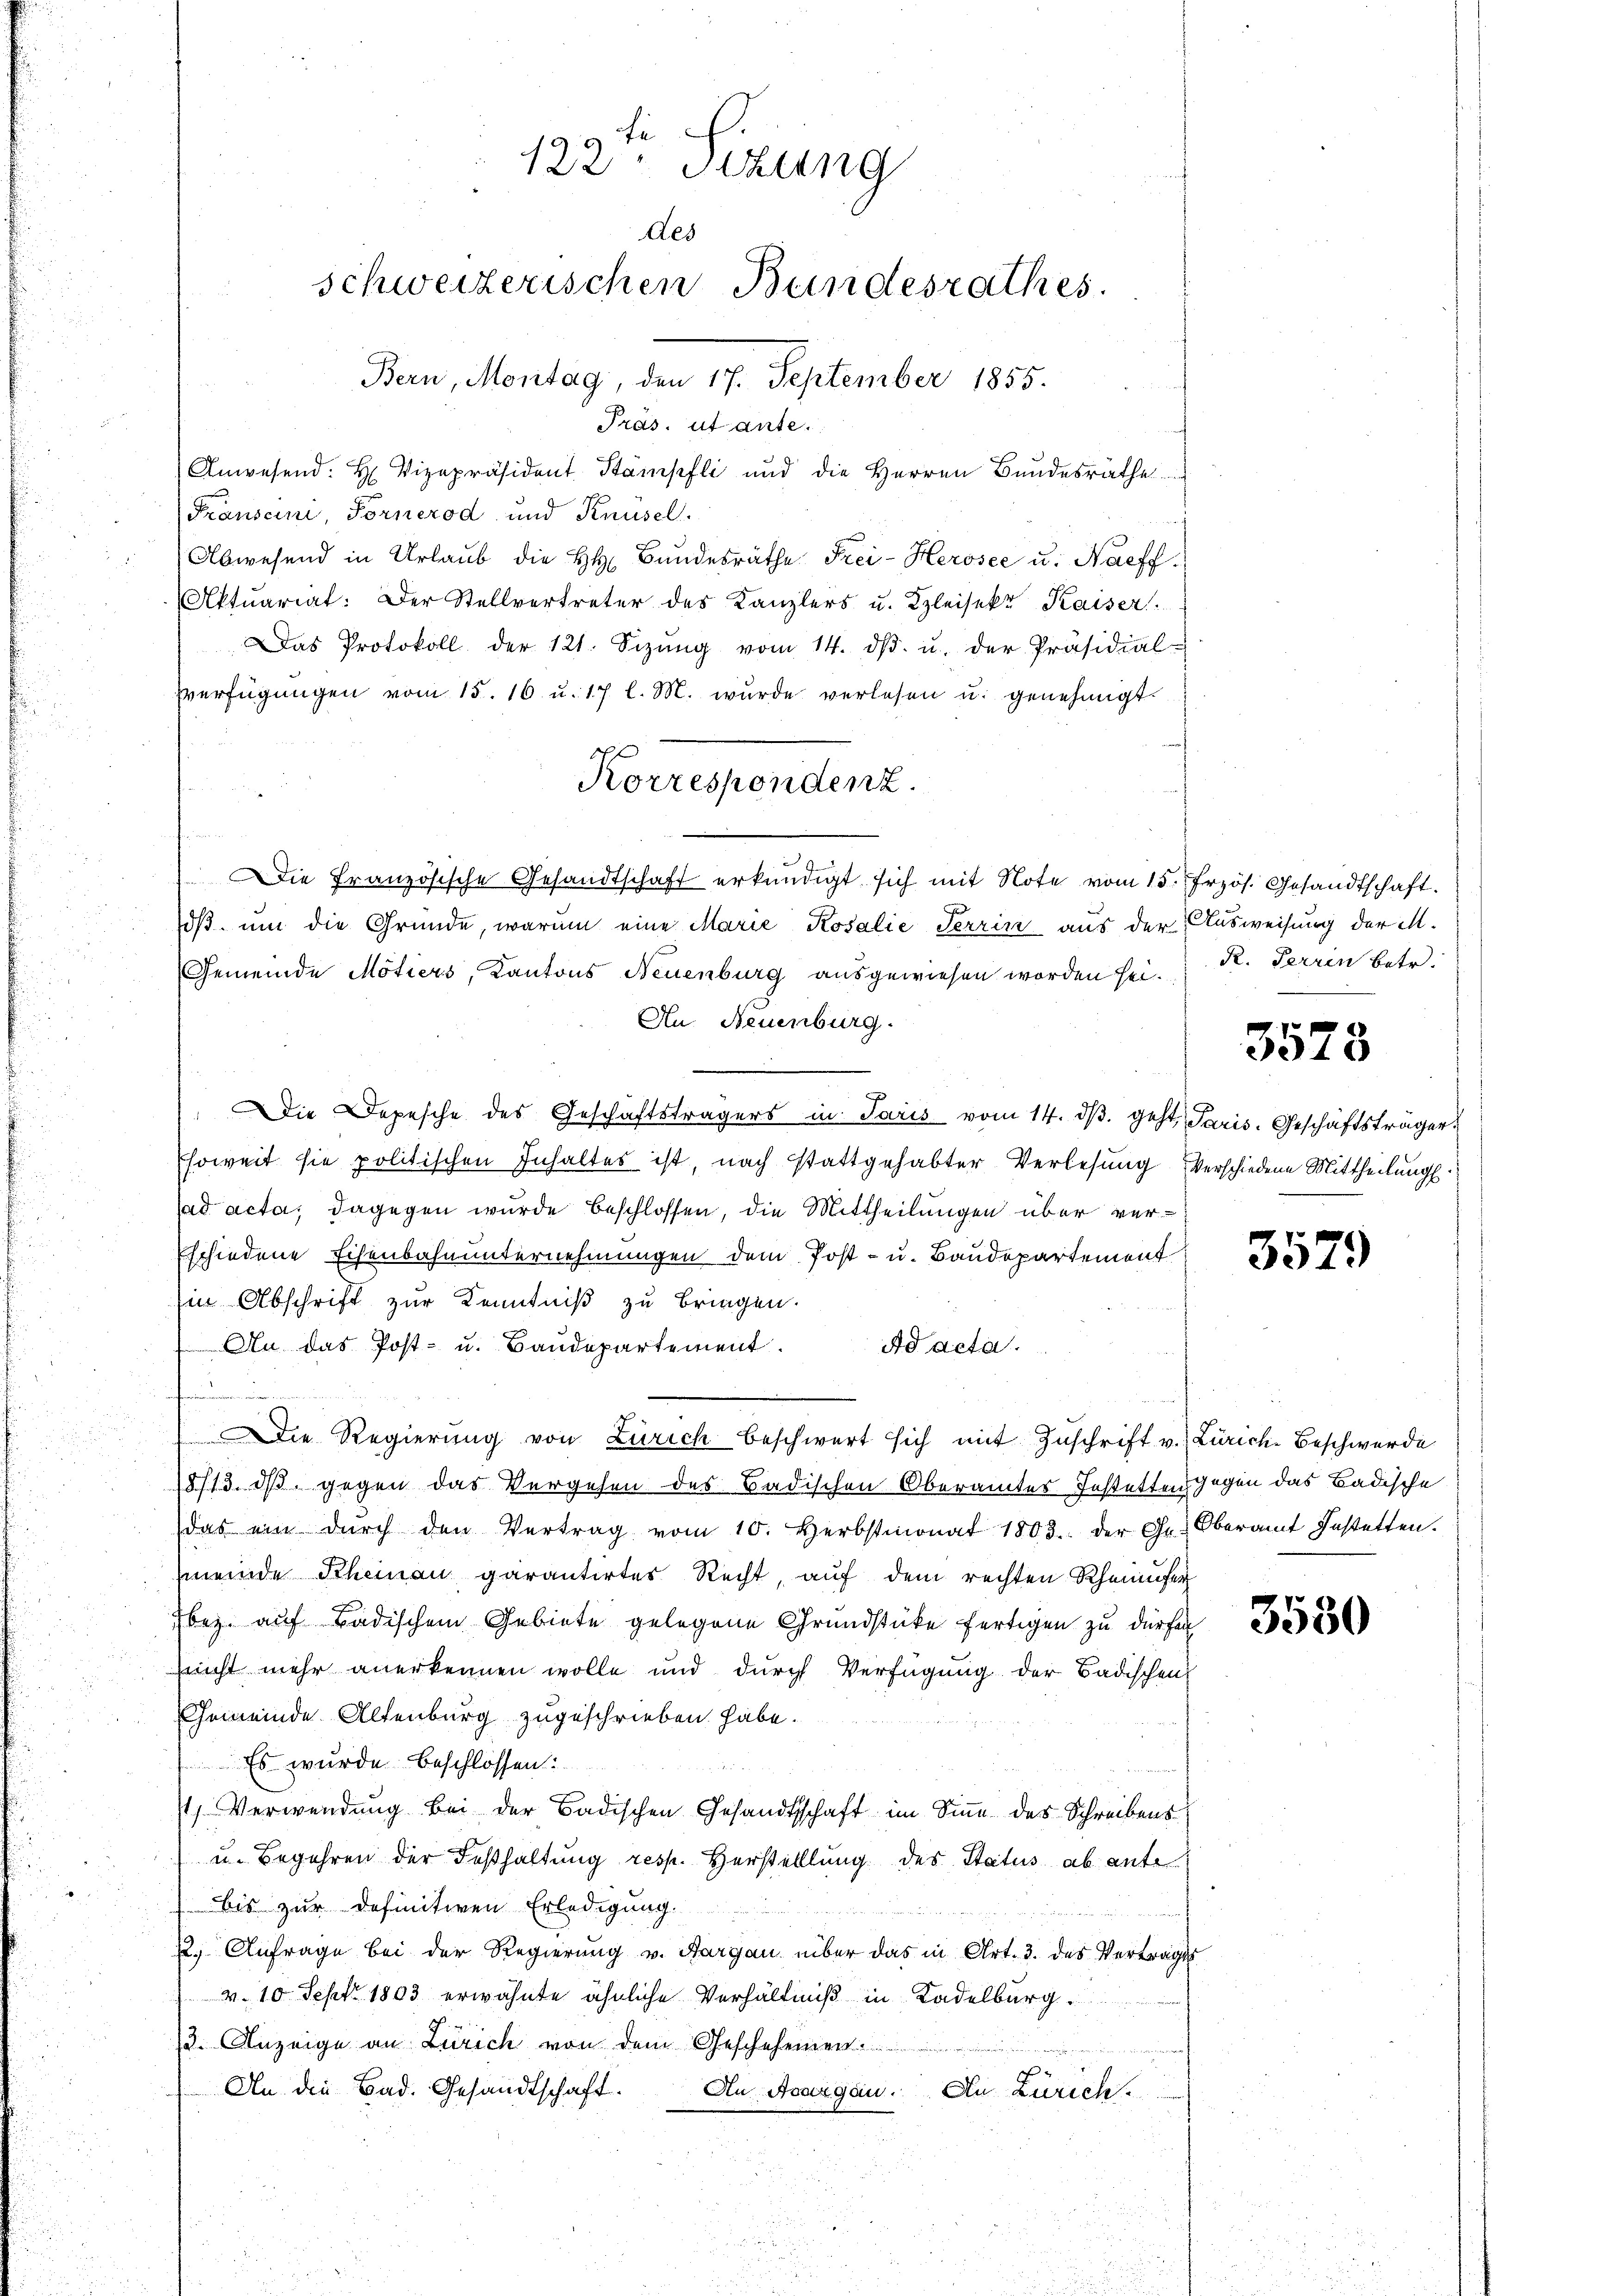
122. Sizung
des
schweizerischen Bundesrathes.
Bern, Montag, den 17. September 1855.

Präs. ut ante.
Anwesend: H. Vizepräsident Stämpfli und die Herren Bundesräthe
Transcini, Fornerod und Knüsel.
d
Abwesend in Urlaub die H. Bundesräthe Frei- Herosee u. Nachf
Aktuariat: Der Stellvertreter des Kanzlers u. Kleisek. Kaiser.
Das Protokoll der 121. Sizŭng vom 14. dβ. u. der Präsidial-
verfügŭngen vom 15. 16. u. 17 l. M. wurde verlesen u. genehmigt.
Die Französische Gesandtschaft erkundigt sich mit Note vom 15. Frzös. Gesandtschaft.
dβ ŭm die Gründe, warum eine Marie Kosalie Terrin aus der Ausweisung der M.
Gemeinde Motiers, Kantons Neuenburg ausgewiesen worden sei. K. Terrin betr.
Au. Neuenburg.
Die Depesche des Geschäftsträgers in Paris vom 14. dβ. geht, Paris. Geschäftsträger
soweit sie politischen Inhaltes ist, nach stattgehabter Verlesung verschiedene Mittheilung.
ad acta, dagegen wurde beschlossen, die Mittheilungen über verschiedene Eisenbahnunternehmungen dem Post- u. Baudepartement
Ein Abschrift zur Kenntniß zu bringen.
An das Post- u. Baŭdepartement. ad acta.
anferinne einen
Die Regierung von Zürich beschwert sich mit Zuschrift v. Zürich-Beschwerde
18/13. dß gegen das Vergehen des Badischen Oberamtes Festetten gegen das Badische
das ein dŭrch den Vertrag vom 10. Herbstmonat 1803. der Gr. Oberamt Instatten.
meinde Scheinau garantirtes Recht, auf dem rechten Rheinufer
bez. auf Badischem Gebiete gelegene Grundstücke fertigen zu dürfen
sricht mehr anerkennen wolle und durch Verfügung der Badischen
Gemeinde Altenburg zugeschrieben habe.
Es wurde beschlossen:
) Verwendung bei der Badischen Gesandtschaft im Sinne des Schreibens
u. Begehren der Festhaltung resp. Herstelllung des Status ab ante
bis zur Definitiven Erledigung.
22. Anfrage bei der Regierung v. Aargau über das in Art. 3. des Vertrages
v. 10. Sept. 1803 erwähnte ähnliche Verhältniß in Kadelburg.
13. Anzeige an Zürich von dem Geschehenden
An die Bad. Gesandtschaft.
An Aargau. An Zürich.

Korrespondenz.

3573

3579

3530